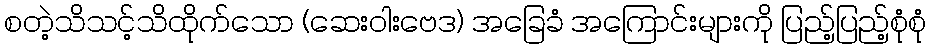
စတဲ့သိသင့်သိထိုက်သော (ဆေးဝါးဗေဒ) အခြေခံ အကြောင်းများကို ပြည့်ပြည့်စုံစုံ